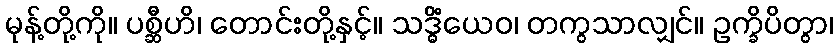
မုန့်တို့ကို။ ပစ္ဆီဟိ၊ တောင်းတို့နှင့်။ သဒ္ဓိံယေဝ၊ တကွသာလျှင်။ ဥက္ခိပိတွာ၊